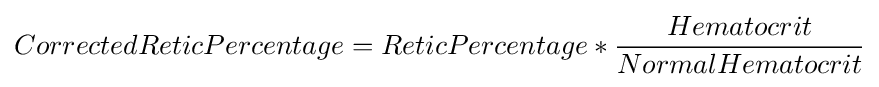
CorrectedReticPercentage=ReticPercentage*{Hematocrit \over NormalHematocrit}